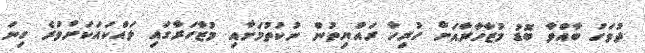
ދުވަހު ބާއްވާ ބޮޑު މުޒާހާރާއަށް ހުރިހާ ރައްޔިތުން ނުކުތުމަށާއި މުޒާހަރާގައި ލައްކައަކަށްވުރެ ގިނަ